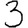
Digit: 3